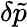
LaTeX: \delta\tilde{p}